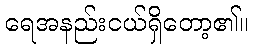
ရေအနည်းငယ်ရှိတော့၏။